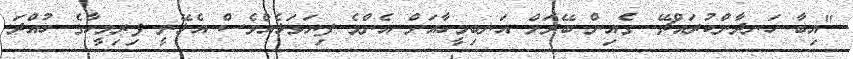
"އިބާ ހަނދާންކުރައްޗޭ. ގެއިން ބޭރަށް އަނބިމީހާއަށް އެންމެ ފިޔަވަޅެއްވެސް އެޅޭނީ ފިރިމީހާގެ ހުއްދަ